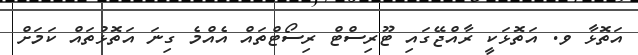
އަތޮޅާ ވ. އަތޮޅަކީ ރާއްޖޭގައި ޓޫރިސްޓް ރިސޯޓްތައް އެއްމެ ގިނަ އަތޮޅުތައް ކަމަށް